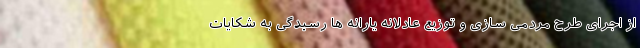
از اجرای طرح مردمی سازی و توزیع عادلانه یارانه ها رسیدگی به شکایات